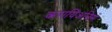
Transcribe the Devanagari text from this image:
करायिअनिस